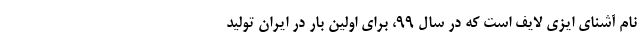
نام آشنای ایزی لایف است که در سال ۹۹، برای اولین بار در ایران تولید